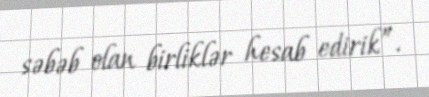
səbəb olan birliklər hesab edirik”.